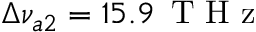
\Delta \nu _ { a 2 } = 1 5 . 9 \, \mathrm { ~ T ~ H ~ z ~ }